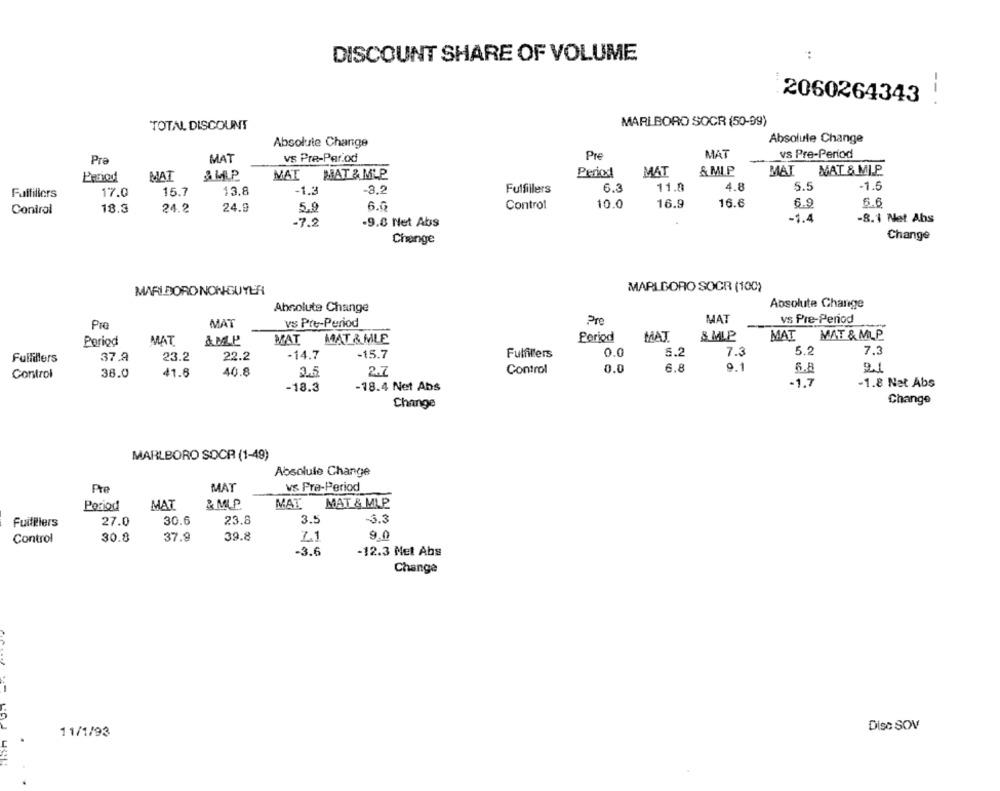
DISCOUNT SHARE OF VOLUME
2060264343 !
TOTAL DISCOUNT
MARLBORO SOCR (50-99)
Absolute Change
Absolute Change
MAT
vs Pre-Par.od
Pre
MAT
vs Pre-Period
Pra
HAT & MLP
Period
MAT
& MI.P
MAT
MAT & M.P
MAI
MAT
15.7
13.8
-1.3
-3.2
Fulfillers
6.3
11.8
4.8
5.5
-1.5
Fuffillers
17.0
6.6
Control
10.0
16.9
16.6
6.9
5.6
Control
18.3
24.2
24.9
5.9
-1.4
-8.1 Net Abs
-7.2
-9.6 Net Abs
Change
Change
MARLBORO NON-GUYER
MARLBORO SOCR (100)
Absolute Change
Absolute Charge
MAT
vs Pre-Period
Pre
MAT
vs Pre-Period
& MLP
MAT MAT & MLE
Period
MAT
& MLP
MAT
MAT & MLP
Period
MAT
37.9
23.2
22.2
-14.7
-15.7
Fulfillers
0.0
5.2
7.3
5.2
7.3
Fullillers
40.8
3.5
2.7
Control
0.0
6.8
9.1
5.8
2.1
Control
38.0
41.8
-18.3
-18.4 Net Abs
-1.7
-1.8 Nat Abs
Change
Change
MARLBORO SOCR (1-49)
Absolute Change
Pre
MAT
vs Fra-Period
MAT
& MLP
MAT
MAT & MLP
Period
27.0
30.6
23.8
3.5
-3.3
Fuifliers
30.8
37.9
39.8
2.1
9.0
Control
-3.6
-12.3 Met Abs
Change
Disc SOV
11/1/93